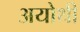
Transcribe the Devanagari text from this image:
अयोथी